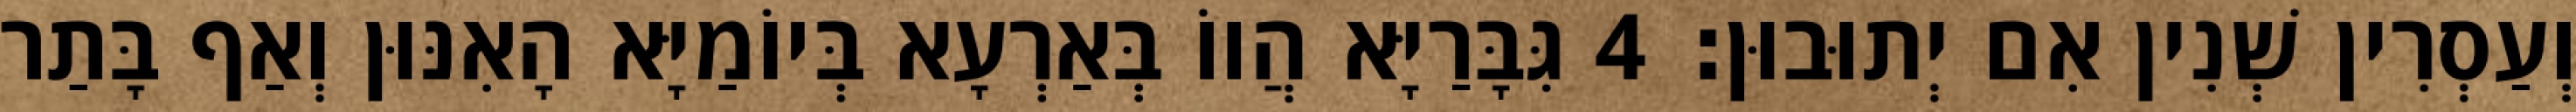
וְעַסְרִין שְׁנִין אִם יְתוּבוּן׃ 4 גִּבָּרַיָּא הֲווֹ בְּאַרְעָא בְּיוֹמַיָּא הָאִנּוּן וְאַף בָּתַר